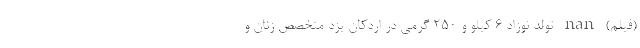
(فیلم) nan تولد نوزاد ۶ کیلو و ۲۵۰ گرمی در اردکان یزد متخصص زنان و